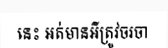
នេះ អត់មានអីត្រូវចរចា